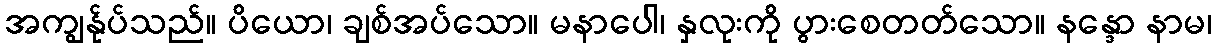
အကျွန်ုပ်သည်။ ပိယော၊ ချစ်အပ်သော။ မနာပေါ၊ နှလုးကို ပွားစေတတ်သော။ နန္ဒော နာမ၊